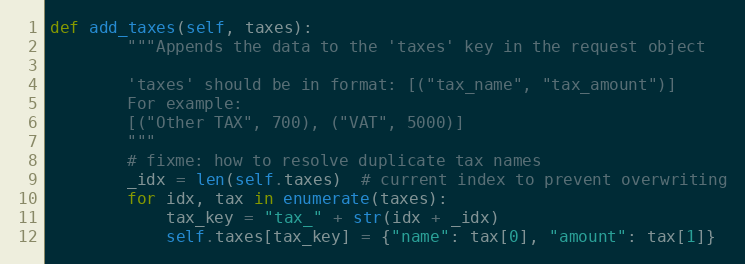
Language: Python
def add_taxes(self, taxes):
        """Appends the data to the 'taxes' key in the request object

        'taxes' should be in format: [("tax_name", "tax_amount")]
        For example:
        [("Other TAX", 700), ("VAT", 5000)]
        """
        # fixme: how to resolve duplicate tax names
        _idx = len(self.taxes)  # current index to prevent overwriting
        for idx, tax in enumerate(taxes):
            tax_key = "tax_" + str(idx + _idx)
            self.taxes[tax_key] = {"name": tax[0], "amount": tax[1]}